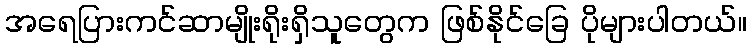
အရေပြားကင်ဆာမျိုးရိုးရှိသူတွေက ဖြစ်နိုင်ခြေ ပိုများပါတယ်။